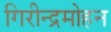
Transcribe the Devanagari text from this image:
गिरीन्द्रमोहन